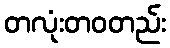
တလုံးတဝတည်း